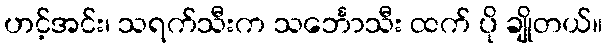
ဟင့်အင်း၊ သရက်သီးက သင်္ဘောသီး ထက် ပို ချိုတယ်။